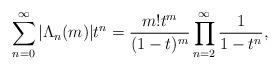
LaTeX: \begin{align*} \sum_{n=0}^{\infty}|\Lambda_{n}(m)|t^{n} = \frac{m!t^{m}}{(1-t)^{m}}\prod_{n=2}^{\infty}\frac{1}{1-t^{n}},\end{align*}